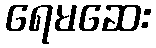
ရေမဆေး